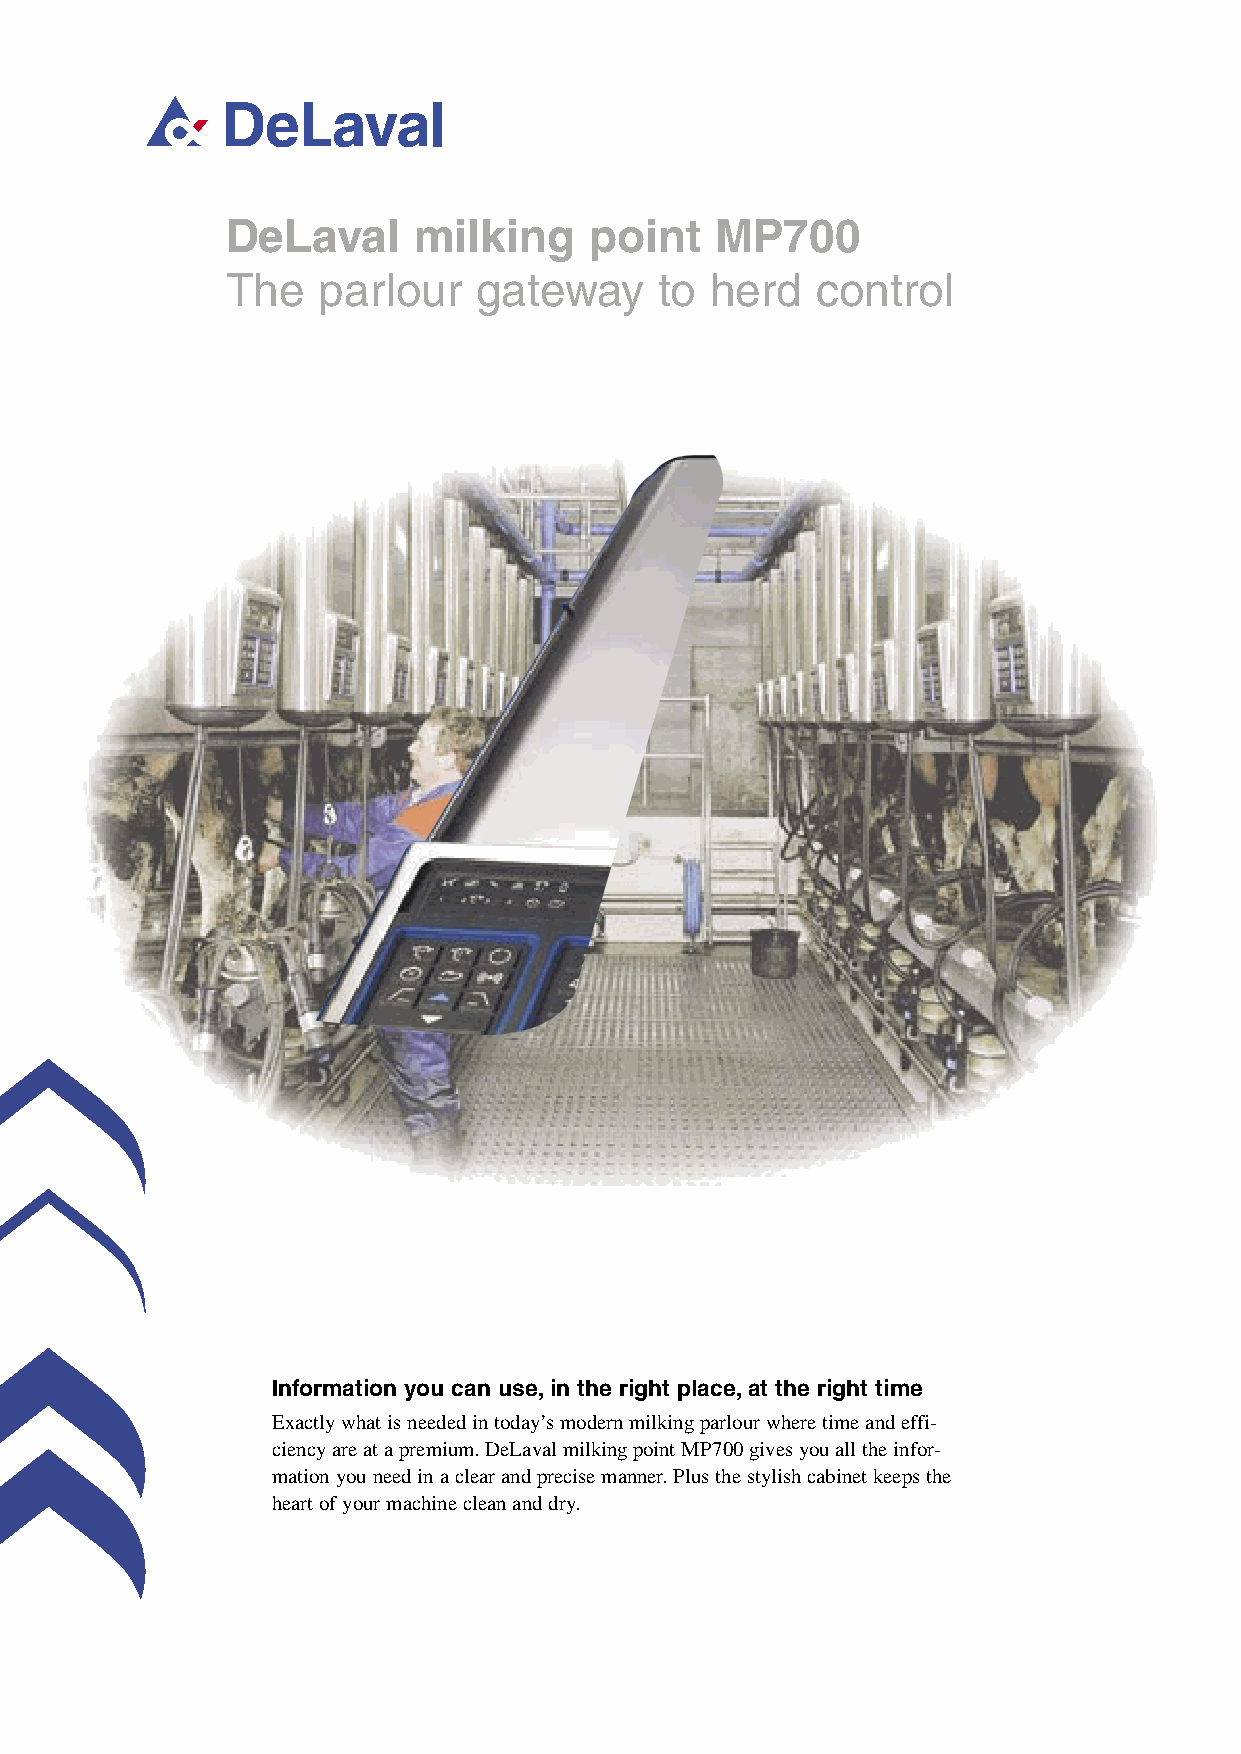
DeLaval     milking     point   MP700
 The   parlour    gateway     to herd   control
 Information you can use, in the right place, at the right time
 Exactly what is needed in today’s modern milking parlour where time and effi-
 ciency are at a premium. DeLaval milking point MP700 gives you all the infor-
 mation you need in a clear and precise manner. Plus the stylish cabinet keeps the
 heart of your machine clean and dry.